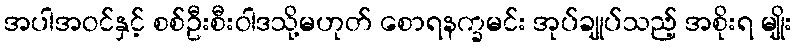
အပါအဝင်နှင့် စစ်ဦးစီးဝါဒသို့မဟုတ် စောရနက္ခမင်း အုပ်ချုပ်သည့် အစိုးရ မျိုး